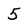
Character: 5